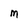
Character: M